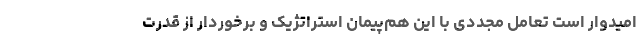
امیدوار است تعامل مجددی با این هم‌پیمان استراتژیک و برخوردار از قدرت